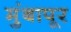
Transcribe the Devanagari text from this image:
मुंबापूर